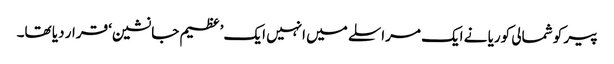
پیر کو شمالی کوریا نے ایک مراسلے میں انہیں ایک ’عظیم جانشین‘ قرار دیا تھا۔